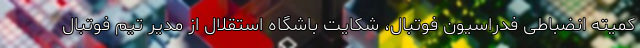
کمیته انضباطی فدراسیون فوتبال، شکایت باشگاه استقلال از مدیر تیم فوتبال